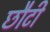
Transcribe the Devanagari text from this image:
छौटी